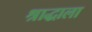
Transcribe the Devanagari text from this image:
श्राद्धाला